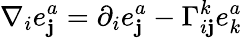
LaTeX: \nabla_{i}e_{\mathbf{j}}^{a}=\partial_{i}e_{\mathbf{j}}^{a}-\Gamma_{i\mathbf{j}}^{k}e_{k}^{a}